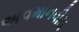
અવમાનવીય